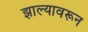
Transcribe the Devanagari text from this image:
झाल्यावरून